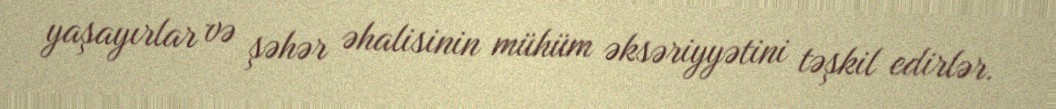
yaşayırlar və şəhər əhalisinin mühüm əksəriyyətini təşkil edirlər.